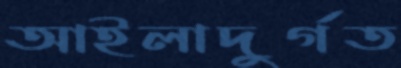
আইলাদুর্গত